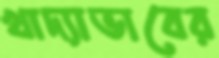
খাদ্যাভাবের